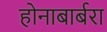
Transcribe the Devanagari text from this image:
होनाबार्बरा